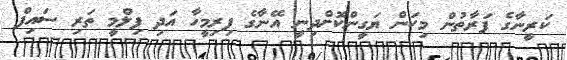
ކަރީނާގެ ފަރާތުން މިކަން ޔަގީންކޮށްދިނީ އޭނާގެ ފިރިމީހާ އަދި ފިލްމީ ތަރި ސައިފް